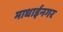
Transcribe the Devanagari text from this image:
माधाईनगर